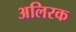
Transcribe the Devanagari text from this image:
अलिरक